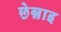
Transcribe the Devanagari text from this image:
छेन्नाइ